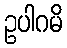
ဥပါဂမိ